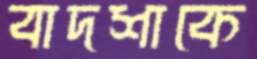
বাদশাকে